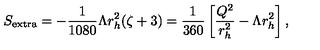
S _ { \mathrm { { e x t r a } } } = - \frac { 1 } { 1 0 8 0 } \Lambda r _ { h } ^ { 2 } ( \zeta + 3 ) = \frac { 1 } { 3 6 0 } \left[ \frac { Q ^ { 2 } } { r _ { h } ^ { 2 } } - \Lambda r _ { h } ^ { 2 } \right] ,